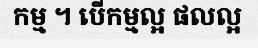
កម្ម ។ បើកម្មល្អ ផលល្អ